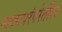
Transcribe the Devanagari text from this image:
नाट्यपरंपरेतील